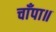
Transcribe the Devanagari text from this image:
चाँपा॥